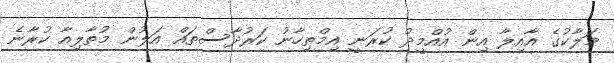
މަލާކުގެ އާއިލާ އިން އުއްމީދު ކުރަނީ އިމްތިހާނު ކަރުދާސްތައް އަލުން މުތާލިއާ ކުރާނެ